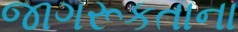
જાગરૂકતાના